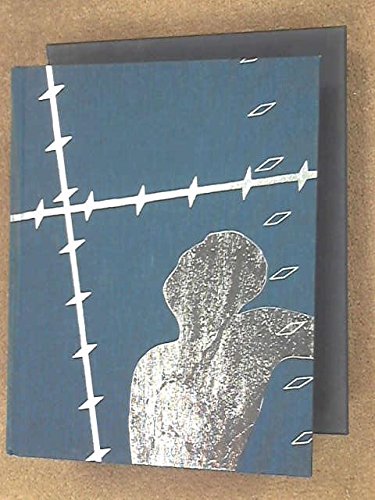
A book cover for If This is a Man; Primo; Woolf, Stuart [translator] Levi; History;